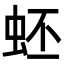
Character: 蚽